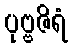
ပုဗ္ဗဇိရံ